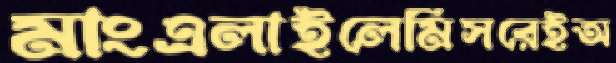
মাংএলাইলেমিসরেইঅ